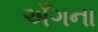
અઁગના